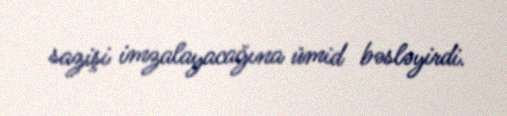
sazişi imzalayacağına ümid bəsləyirdi.